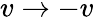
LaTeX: v\rightarrow-v